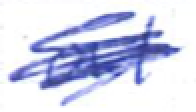
Text: at
Cross-out: scratch
Writing tool: ballpoint